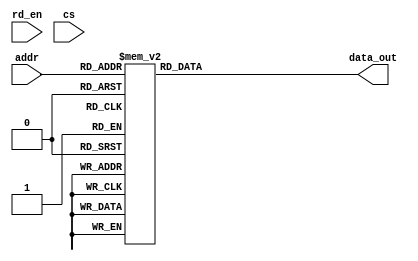
`timescale 1ns / 1ps
//////////////////////////////////////////////////////////////////////////////////
// Company: 
// Engineer: 
// 
// Design Name: 
// Module Name:    mem_rom 
// Project Name: 
// Target Devices: 
// Tool versions: 
// Description: 
//
// Dependencies: 
//
// Revision: 
// Revision 0.01 - File Created
// Additional Comments: 
//
//////////////////////////////////////////////////////////////////////////////////
module mem_rom(addr,data_out,rd_en,cs);
input [2:0] addr;
input rd_en,cs;
output reg [7:0] data_out;
always@(addr or data_out or rd_en or cs)
case(addr)
0: data_out=99;
1: data_out=11;
2: data_out=22;
3: data_out=33;
4: data_out=44;
5: data_out=55;
6: data_out=66;
7: data_out=77;
endcase
endmodule